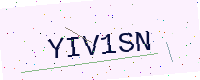
Text: YIV1SN